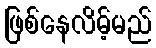
ဖြစ်နေလိမ့်မည်